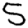
Digit: 5